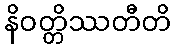
နိဝတ္တိဿတီတိ